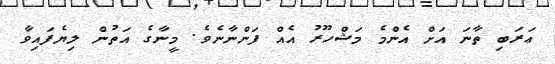
ޢަރަބި ތާނަ އަށް އެންމެ މަޝްހޫރު އެއް ފަންނާނެވެ. މީނާގެ އަތުން ލިޔެފައިވާ